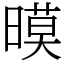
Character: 暯